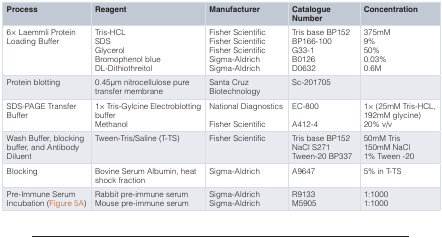
<table><thead><tr><td><b>Process</b></td><td><b>Reagent</b></td><td><b>Manufacturer</b></td><td><b>CatalogueNumber</b></td><td><b>Concentration</b></td></tr></thead><tbody><tr><td>6× Laemmli ProteinLoading Buffer</td><td>Tris-HCLSDSGlycerolBromophenol blueDL-Dithiothreitol</td><td>Fisher ScientificFisher ScientificFisher ScientificSigma-AldrichSigma-Aldrich</td><td>Tris base BP152BP166-100G33-1B0126D0632</td><td>375mM9%50%0.03%0.6M</td></tr><tr><td>Protein blotting</td><td>0.45μm nitrocellulose puretransfer membrane</td><td>Santa CruzBiotechnology</td><td>Sc-201705</td><td></td></tr><tr><td>SDS-PAGE TransferBuffer</td><td>1× Tris-Gylcine ElectroblottingbufferMethanol</td><td>National DiagnosticsFisher Scientific</td><td>EC-800A412-4</td><td>1× (25mM Tris-HCL,192mM glycine)20% v/v</td></tr><tr><td>Wash Buffer, blockingbuffer, and AntibodyDiluent</td><td>Tween-Tris/Saline (T-TS)</td><td>Fisher Scientific</td><td>Tris base BP152NaCl S271Tween-20 BP337</td><td>50mM Tris150mM NaCl1% Tween -20</td></tr><tr><td>Blocking</td><td>Bovine Serum Albumin, heatshock fraction</td><td>Sigma-Aldrich</td><td>A9647</td><td>5% in T-TS</td></tr><tr><td>Pre-Immune SerumIncubation (Figure 5A)</td><td>Rabbit pre-immune serumMouse pre-immune serum</td><td>Sigma-AldrichSigma-Aldrich</td><td>R9133M5905</td><td>1:10001:1000</td></tr></tbody></table>